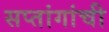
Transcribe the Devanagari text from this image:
सप्तांगांची